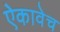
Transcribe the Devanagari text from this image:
ऐकावेच